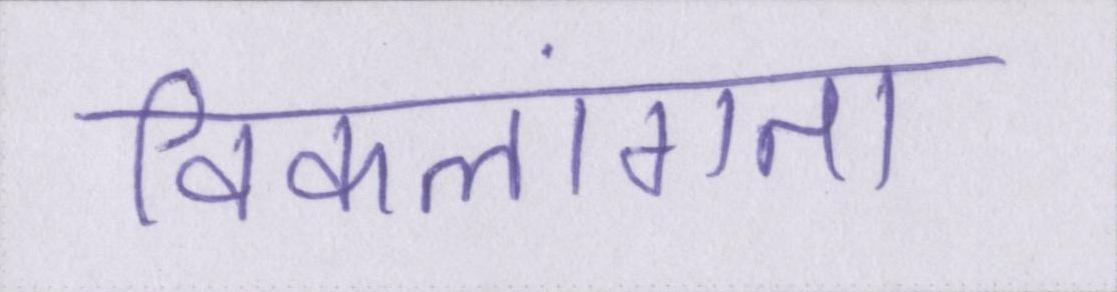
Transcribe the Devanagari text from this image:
विकलांगता